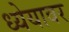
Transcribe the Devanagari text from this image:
ध्येयावर